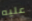
عليه